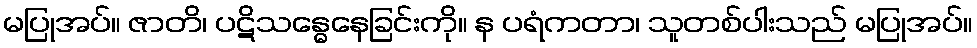
မပြုအပ်။ ဇာတိ၊ ပဋိသန္ဓေနေခြင်းကို။ န ပရံကတာ၊ သူတစ်ပါးသည် မပြုအပ်။